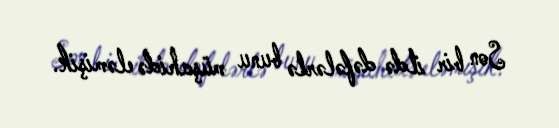
Son bir ildə dəfələrlə bunu müşahidə eləmişik.